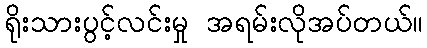
ရိုးသားပွင့်လင်းမှု အရမ်းလိုအပ်တယ်။